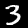
Label: 3